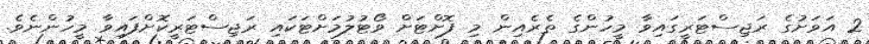
2 އަވަށުގެ ރަޖިސްޓަރީގައިވާ މީހުންގެ ތެރެއިން މި ފޮށްޓަށް ވޯޓުލުމަށްޓަކައި ރަޖިސްޓަރީކޮށްފައިވާ މީހުންނެވެ.